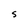
Character: S